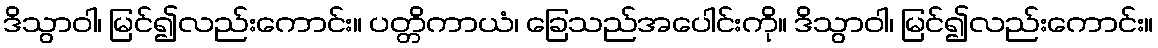
ဒိသွာဝါ၊ မြင်၍လည်းကောင်း။ ပတ္တိကာယံ၊ ခြေသည်အပေါင်းကို။ ဒိသွာဝါ၊ မြင်၍လည်းကောင်း။